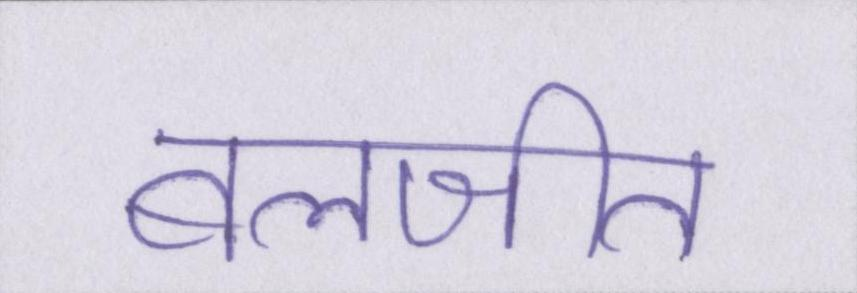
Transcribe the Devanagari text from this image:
बलजीत